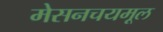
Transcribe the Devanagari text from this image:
मेसनचयमूल